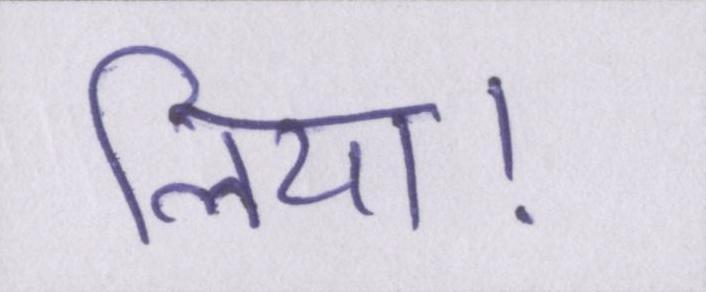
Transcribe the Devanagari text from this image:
लिया।